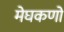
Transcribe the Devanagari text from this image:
मेघकणों